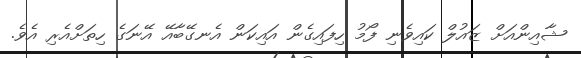
ޝާއިންއަށް ޒައުލް ކައިވެނި ފޯމު ހިފައިގެން އައިކަން އެނގޭބާއޭ އޭނަގެ ހިތަށްއެރި އެވެ.